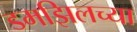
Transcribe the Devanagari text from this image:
डमझिलच्या